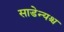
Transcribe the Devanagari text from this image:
साडेन्यश्च